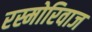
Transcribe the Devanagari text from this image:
रस्मोरिवाज